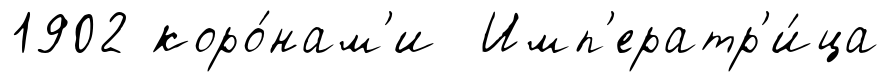
1902 коро́нам'и Имп'ератр'и́ца